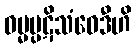
ဓမ္မပ္ပဋိသံဝေဒီဟိ